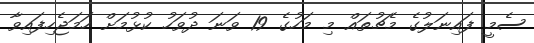
ސެމީ ފައިނަލުގެ މެޗުތައް މި މަހުގެ 19 ވަނަ ދުވަހު ކުޅުމަށް ހަމަޖެހިފައިވާ